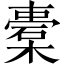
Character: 橐